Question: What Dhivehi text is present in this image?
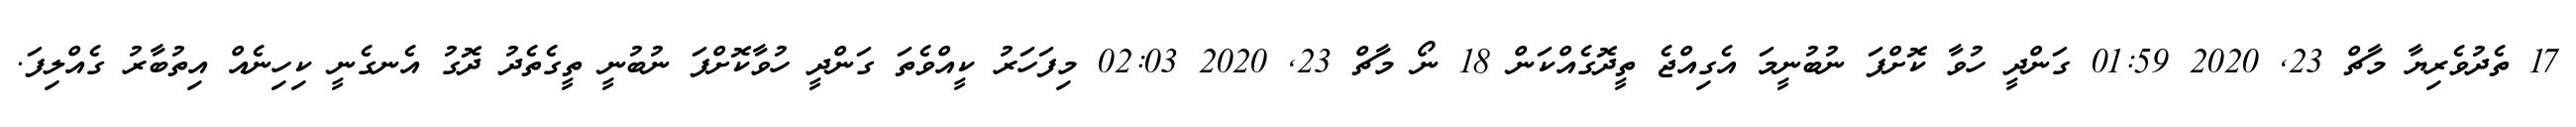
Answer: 17 ތެދުވެރިޔާ މާޗް 23, 2020 01:59 ގަންދީ ހުވާ ކޮށްފަ ނުބުނީމަ އެގިއްޖެ ތީދޮގެއްކަން 18 ނޯ މާޗް 23, 2020 02:03 މިފަހަރު ކީއްވެތަ ގަންދީ ހުވާކޮށްފަ ނުބުނީ ތީގެތެދު ދޮގު އެނގެނީ ކިހިނެއް އިތުބާރު ގެއްލިފަ.